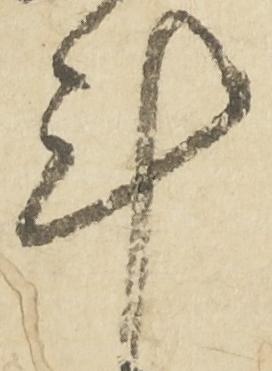
計